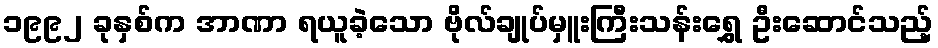
၁၉၉၂ ခုနှစ်က အာဏာ ရယူခဲ့သော ဗိုလ်ချုပ်မှူးကြီးသန်းရွှေ ဦးဆောင်သည့်